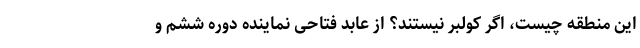
این منطقه چیست، اگر کولبر نیستند؟ از عابد فتاحی نماینده دوره ششم و